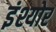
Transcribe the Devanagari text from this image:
इंश्योर